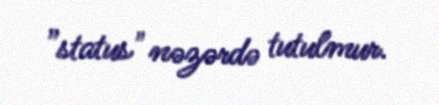
”status" nəzərdə tutulmur.